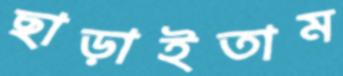
ছাড়াইতাম